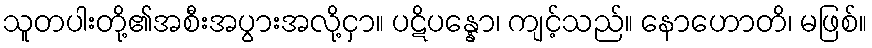
သူတပါးတို့၏အစီးအပွားအလို့ငှာ။ ပဋိပန္နော၊ ကျင့်သည်။ နောဟောတိ၊ မဖြစ်။